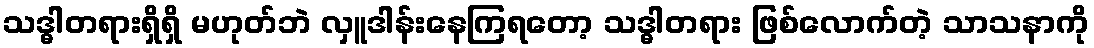
သဒ္ဓါတရားရှိရှိ မဟုတ်ဘဲ လှူဒါန်းနေကြရတော့ သဒ္ဓါတရား ဖြစ်လောက်တဲ့ သာသနာကို